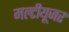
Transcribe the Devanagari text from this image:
मल्टीयूजर